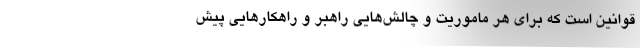
قوانین است که برای هر ماموریت و چالش‌هایی راهبر و راهکار‌هایی پیش